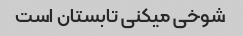
شوخی میکنی تابستان است